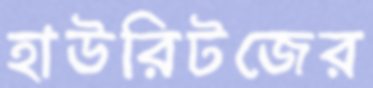
হাউরিটজের